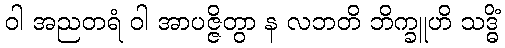
ဝါ အညတရံ ဝါ အာပဇ္ဇိတွာ န လဘတိ ဘိက္ခူဟိ သဒ္ဓိံ